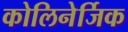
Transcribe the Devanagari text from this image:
कोलिनेर्जिक